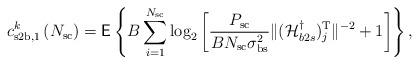
LaTeX: \begin{align*}c^k_{\mathrm{s2b},1}\left( N_{\mathrm{sc}} \right) = \mathsf{E} \left\lbrace B \sum_{i=1}^{N_{\mathrm{sc}}}\log_2\left[ \frac{P_{\mathrm{sc}} }{ BN_{\mathrm{sc}}\sigma^2_{\mathrm{bs}}} \|(\mathcal{H}^{\dagger}_{b2s})^\mathrm{T}_j \|^{-2} +1 \right] \right\rbrace,\end{align*}